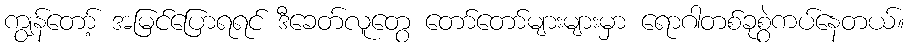
ကျွန်တော့် အမြင်ပြောရရင် ဒီခေတ်လူတွေ တော်တော်များများမှာ ရောဂါတစ်ခုစွဲကပ်နေတယ်။